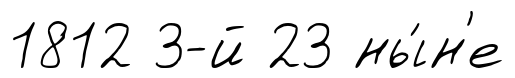
1812 3-й 23 ны́н'е